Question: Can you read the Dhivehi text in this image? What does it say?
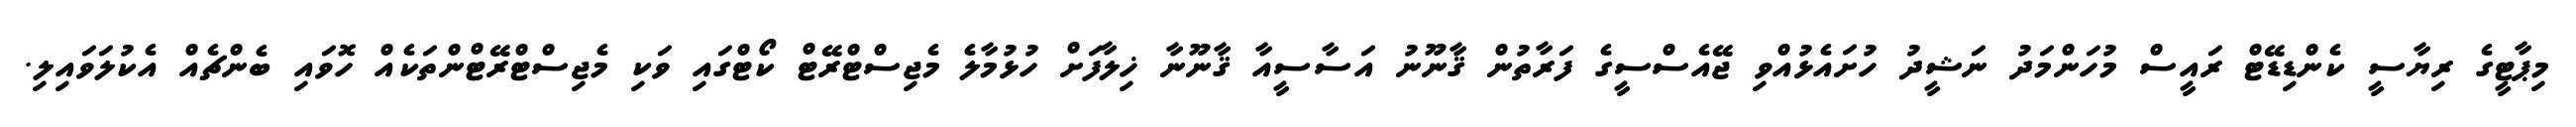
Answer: މިޕާޓީގެ ރިޔާސީ ކެންޑިޑޭޓް ރައީސް މުހަންމަދު ނަޝީދު ހުށައެޅުއްވި ޖޭއެސްސީގެ ފަރާތުން ޤާނޫނު އަސާސީއާ ޤާނޫނާ ޚިލާފަށް ހުޅުމާލެ މެޖިސްޓްރޭޓް ކޯޓްގައި ވަކި މެޖިސްޓްރޭޓްންތަކެއް ހޮވައި ބެންޗެއް އެކުލަވައިލި.